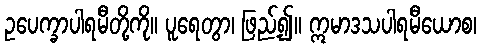
ဥပေက္ခာပါရမီတို့ကို။ ပူရေတွာ၊ ဖြည့်၍။ ဣမာဒသပါရမီယောစ၊